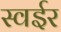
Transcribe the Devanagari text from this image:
स्वईर